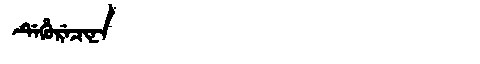
Manchu: ᡩᡝᡥᡠᡵᡝᠴᡳᠨᠠ
Romanization: DEHURECINA